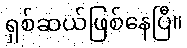
ရှစ်ဆယ်ဖြစ်နေပြီ။